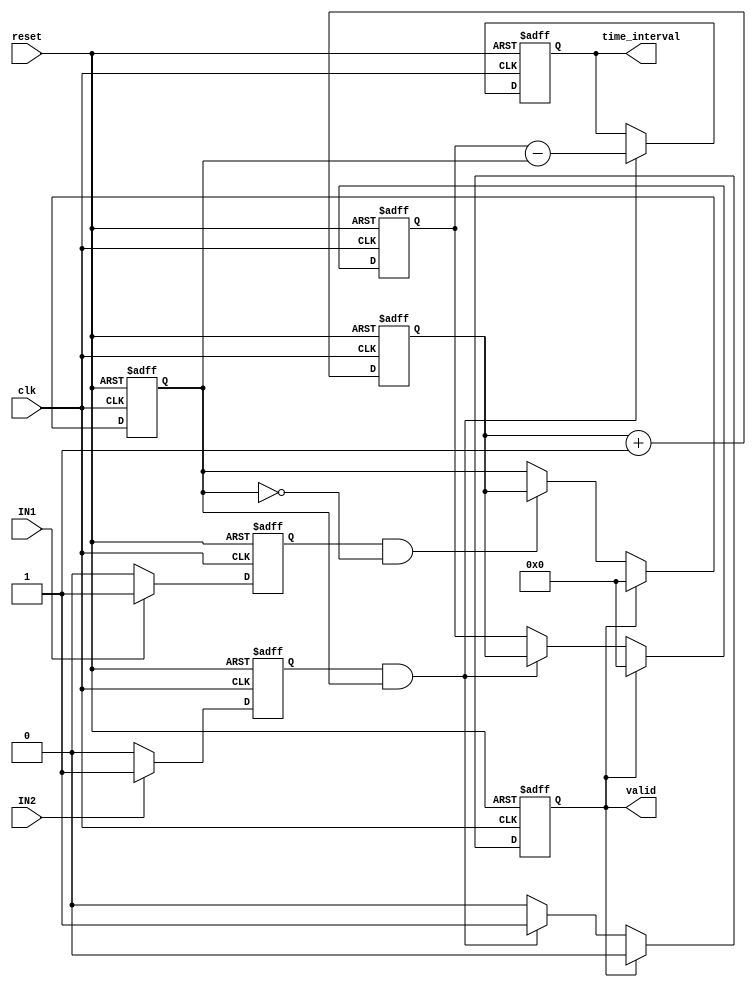
module TDC (
    input wire clk,          // High-resolution clock
    input wire reset,        // Reset signal
    input wire IN1,         // First input signal
    input wire IN2,         // Second input signal
    output reg [31:0] time_interval, // Output time interval in clock cycles
    output reg valid        // Output valid flag
);

    reg [31:0] timestamp1;  // Timestamp for the first edge
    reg [31:0] timestamp2;  // Timestamp for the second edge
    reg [31:0] counter;      // Counter for clock cycles
    reg edge1_detected;      // Edge detection flag for IN1
    reg edge2_detected;      // Edge detection flag for IN2

    // Edge detection for IN1
    always @(posedge clk or posedge reset) begin
        if (reset) begin
            edge1_detected <= 0;
        end else if (IN1) begin
            edge1_detected <= 1;
        end else begin
            edge1_detected <= 0;
        end
    end

    // Edge detection for IN2
    always @(posedge clk or posedge reset) begin
        if (reset) begin
            edge2_detected <= 0;
        end else if (IN2) begin
            edge2_detected <= 1;
        end else begin
            edge2_detected <= 0;
        end
    end

    // Counter for clock cycles
    always @(posedge clk or posedge reset) begin
        if (reset) begin
            counter <= 0;
        end else begin
            counter <= counter + 1;
        end
    end

    // Capture timestamps and calculate time interval
    always @(posedge clk or posedge reset) begin
        if (reset) begin
            timestamp1 <= 0;
            timestamp2 <= 0;
            time_interval <= 0;
            valid <= 0;
        end else begin
            if (edge1_detected && !timestamp1) begin
                timestamp1 <= counter; // Capture first timestamp
            end
            if (edge2_detected && timestamp1) begin
                timestamp2 <= counter; // Capture second timestamp
                time_interval <= timestamp2 - timestamp1; // Calculate time interval
                valid <= 1; // Set valid flag
            end
            // Reset timestamps for next measurement
            if (valid) begin
                timestamp1 <= 0;
                timestamp2 <= 0;
                valid <= 0; // Clear valid flag for the next measurement
            end
        end
    end

endmodule